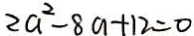
2 a ^ { 2 } - 8 a + 1 2 = 0